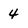
Character: 4